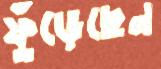
ফুঁড়েছেন